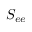
S _ { e e }